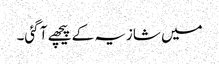
میں شازیہ کے پیچھے آ گئی۔